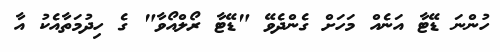
ހުންނަ ޑޭޓާ އަނެއް މަހަަށް ގެންދެވޭ "ޑޭޓާ ރޯލްއޯވާ" ގެ ހިދުމަތާއެކު އާ